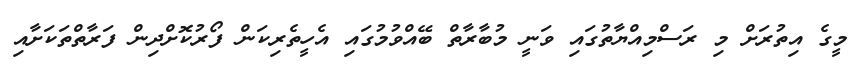
މީގެ އިތުރަށް މި ރަސްމިއްޔާތުގައި ވަނީ މުބާރާތް ބޭއްވުމުގައި އެހީތެރިކަން ފޯރުކޮށްދިން ފަރާތްތަކަށާއި